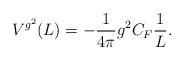
LaTeX: \begin{align*}V^{g^2}(L) = - \frac{1}{{4\pi }}g^2 C_F \frac{1}{L}.\end{align*}